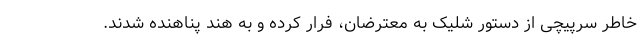
خاطر سرپیچی از دستور شلیک به معترضان، فرار کرده و به هند پناهنده شدند.